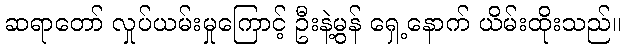
ဆရာတော် လှုပ်ယမ်းမှုကြောင့် ဦးနဲ့မွန် ရှေ့နောက် ယိမ်းထိုးသည်။